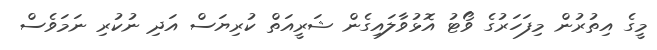
މީގެ އިތުރުން މިފަހަރުގެ ވޯޓު އޮޅުވާލައިގެން ޝަރީއަތް ކުރިޔަސް އަދި ނުކުރި ނަމަވެސް